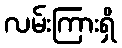
လမ်းကြားရှိ